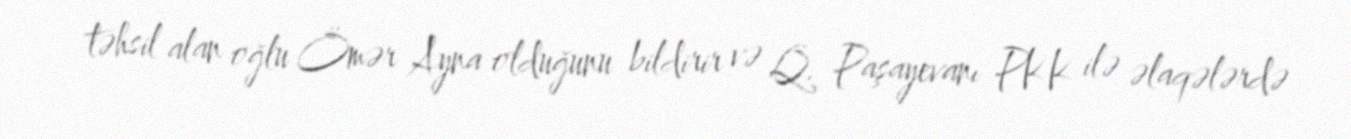
təhsil alan oğlu Ömər Ayna olduğunu bildirir və Q. Paşayevanı PKK ilə əlaqələrdə